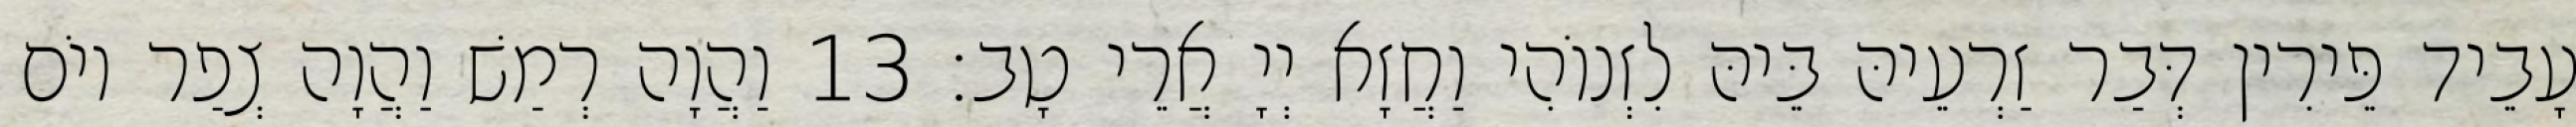
עָבֵיד פֵּירִין דְּבַר זַרְעֵיהּ בֵּיהּ לִזְנוֹהִי וַחֲזָא יְיָ אֲרֵי טָב׃ 13 וַהֲוָה רְמַשׁ וַהֲוָה צְפַר יוֹם